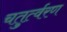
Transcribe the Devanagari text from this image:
चतुर्त्वरण